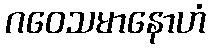
ဂဝေသမာနောဟံ